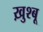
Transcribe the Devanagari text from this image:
ख़ुश्बू